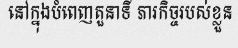
នៅក្នុងបំពេញតួនាទី ភារកិច្ចរបស់ខ្លួន